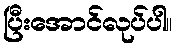
ပြီးအောင်လုပ်ပါ။